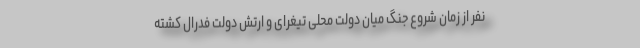
نفر از زمان شروع جنگ میان دولت محلی تیغرای و ارتش دولت فدرال کشته